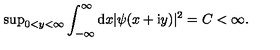
\mathrm { s u p } _ { 0 < y < \infty } \int _ { - \infty } ^ { \infty } \mathrm { d } x | \psi ( x + \mathrm { i } y ) | ^ { 2 } = C < \infty .